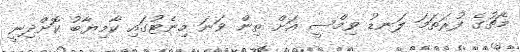
މެޗުގެ ފުރަތަމަ ލަނޑު ވިމްސީ އަށް ތިން ވަނަ މިނެޓުގައި ކާމިޔާބު ކޮށްދިނީ